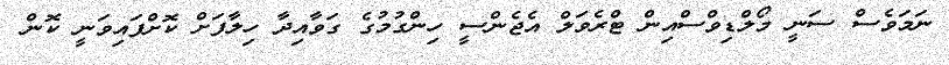
ނަމަވެސް ސަނީ މޯލްޑިވްސްއިން ޓްރެވަލް އެޖެންސީ ހިންގުމުގެ ގަވާއިދާ ހިލާފަށް ކޮށްފައިވަނީ ކޮން